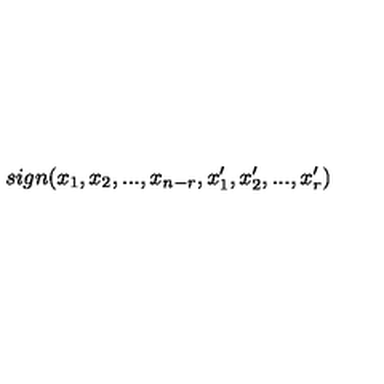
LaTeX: s i g n ( x _ { 1 } , x _ { 2 } , . . . , x _ { n - r } , x _ { 1 } ^ { \prime } , x _ { 2 } ^ { \prime } , . . . , x _ { r } ^ { \prime } )